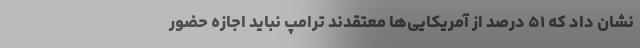
نشان داد که ۵۱ درصد از آمریکایی‌ها معتقدند ترامپ نباید اجازه حضور